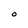
Character: O